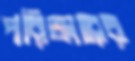
পরিষ্কারের